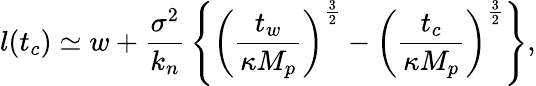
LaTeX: l(t_{c})\simeq w+{\frac{\sigma^{2}}{k_{n}}}\left\{ \left({\frac{t_{w}}{\kappa M_{p}}}\right)^{\frac{3}{2}}-\left({\frac{t_{c}}{\kappa M_{p}}}\right)^{\frac{3}{2}}\right\} ,